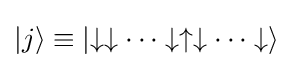
|{j}\rangle \equiv \left|\downarrow \downarrow \cdots \downarrow \uparrow \downarrow \cdots \downarrow \right\rangle